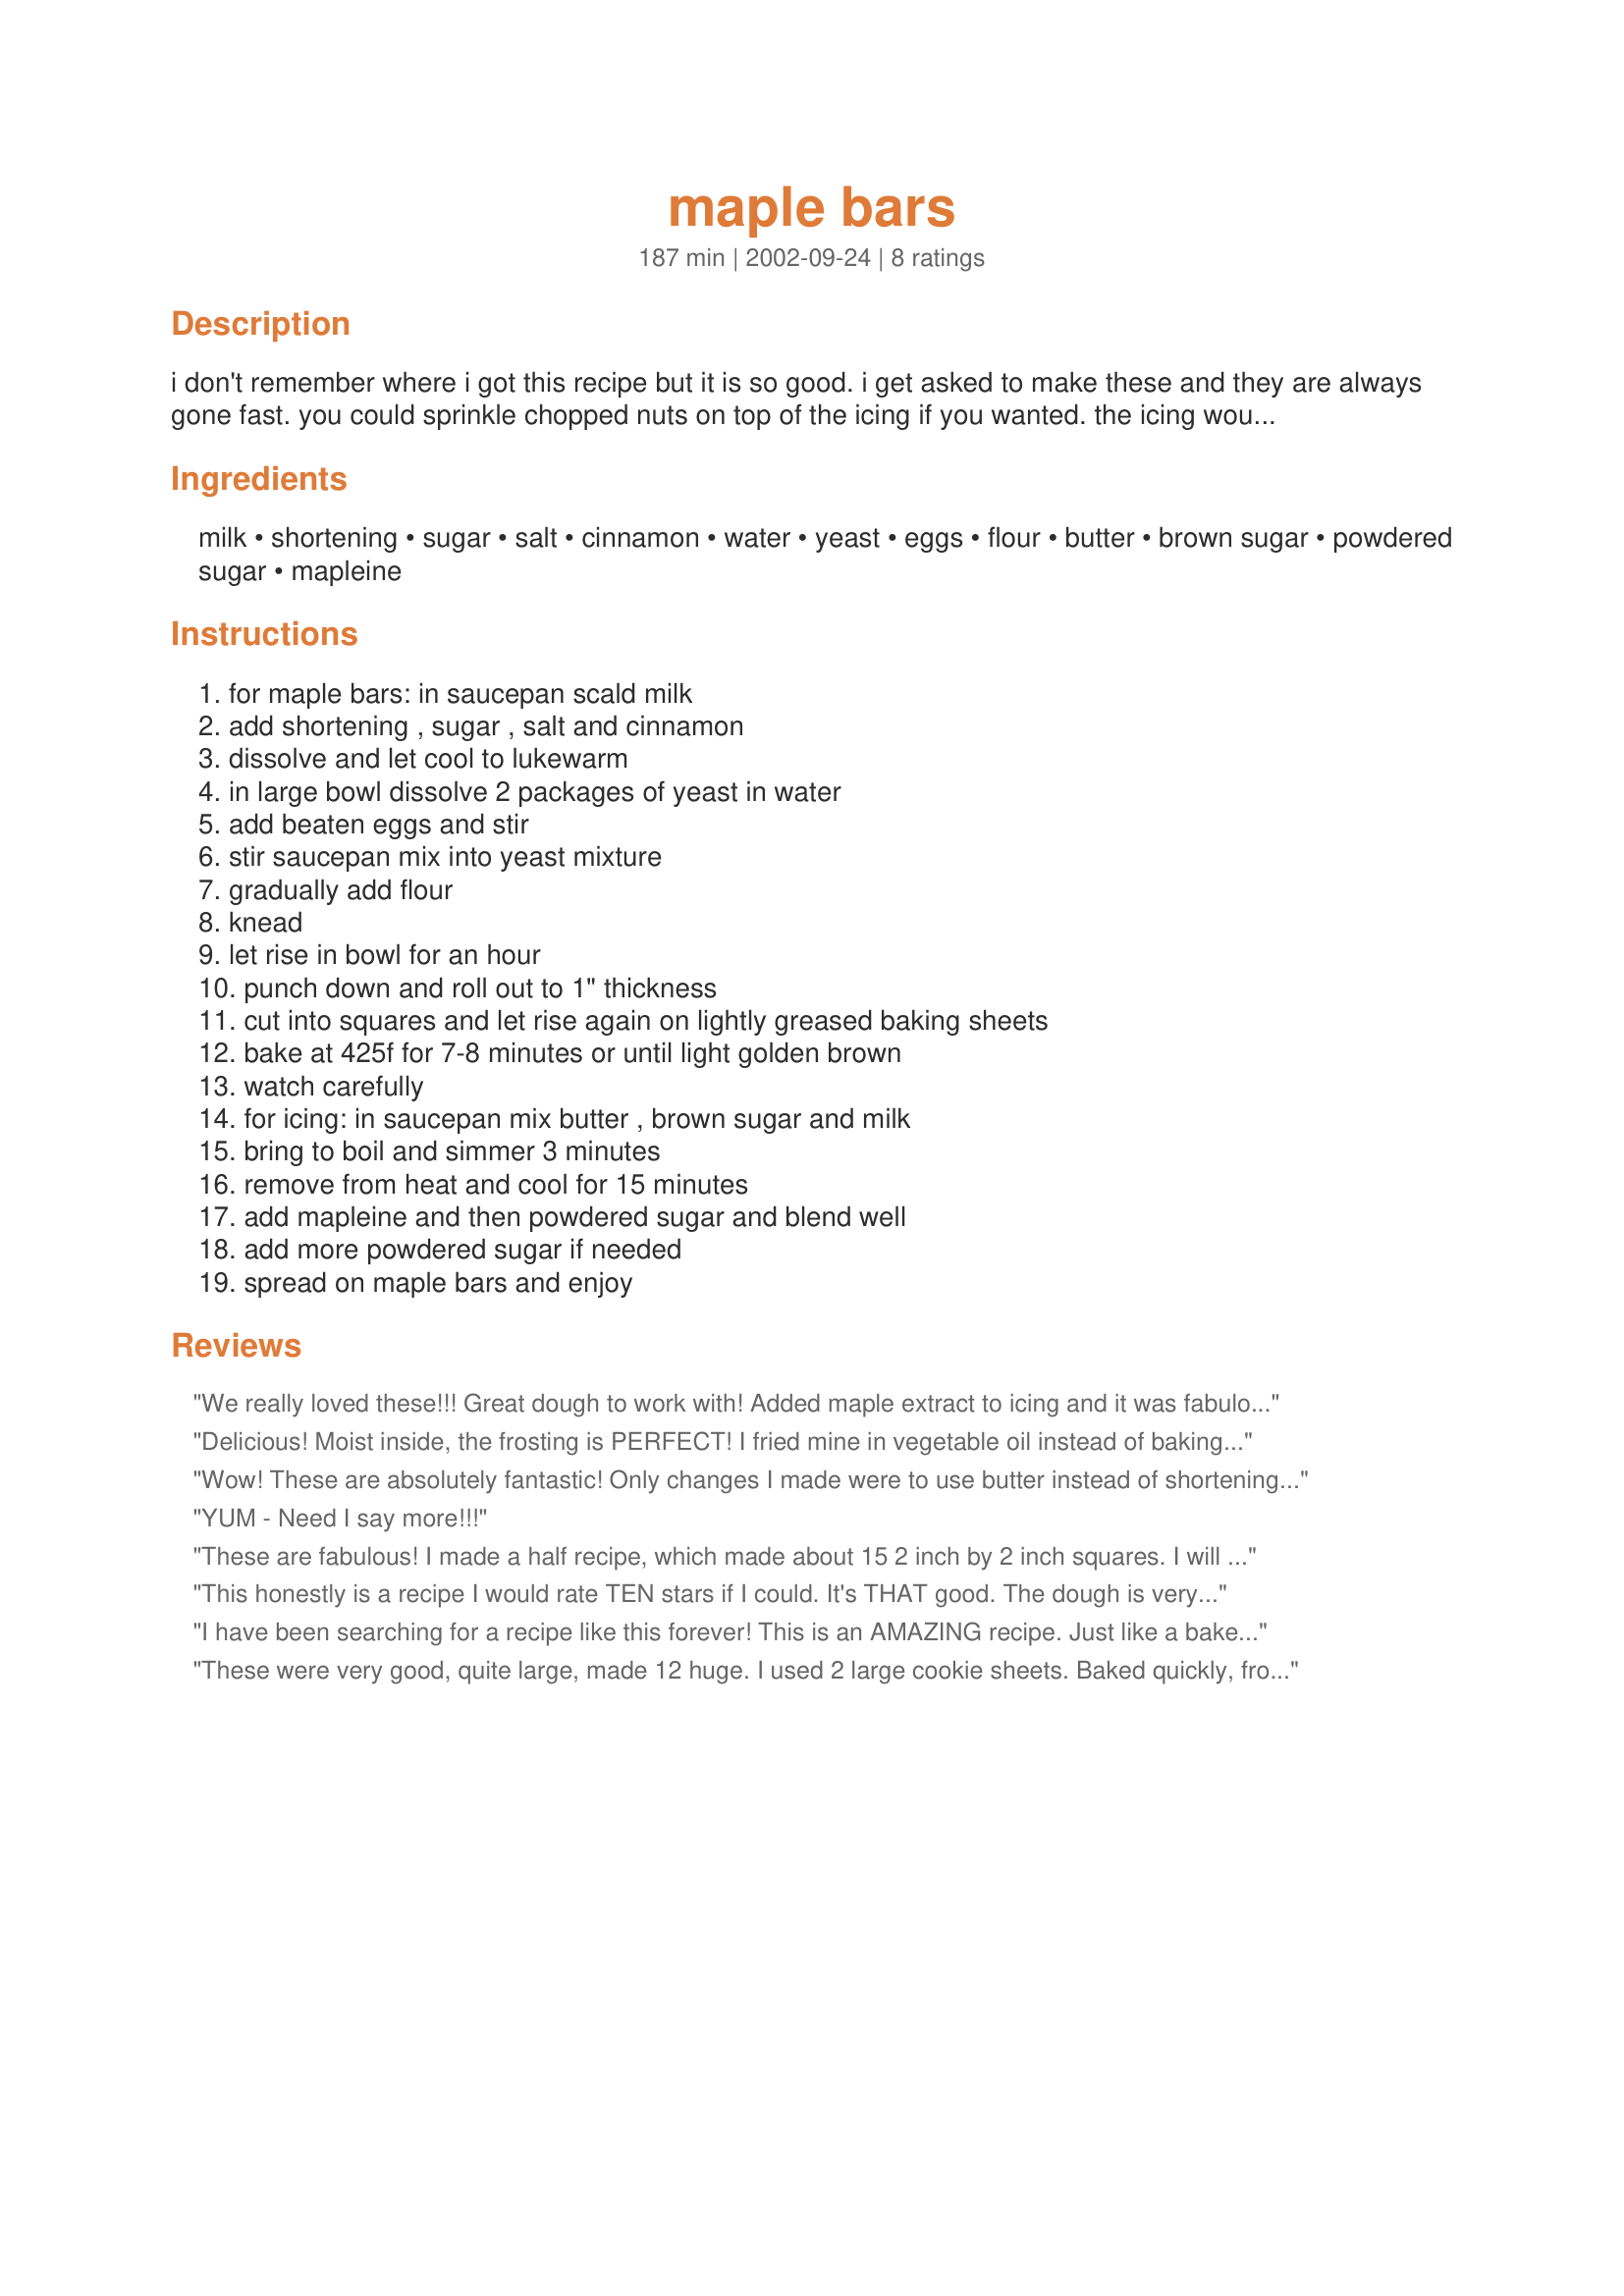
maple bars
Preparation time: 187 minutes

i don't remember where i got this recipe but it is so good. i get asked to make these and they are always gone fast. you could sprinkle chopped nuts on top of the icing if you wanted. the icing would also be good on a cake.

Ingredients:
milk, shortening, sugar, salt, cinnamon, water, yeast, eggs, flour, butter, brown sugar, powdered sugar, mapleine

Steps:
for maple bars: in saucepan scald milk, add shortening , sugar , salt and cinnamon, dissolve and let cool to lukewarm, in large bowl dissolve 2 packages of yeast in water, add beaten eggs and stir, stir saucepan mix into yeast mixture, gradually add flour, knead, let rise in bowl for an hour, punch down and roll out to 1" thickness, cut into squares and let rise again on lightly greased baking sheets, bake at 425f for 7-8 minutes or until light golden brown, watch carefully, for icing: in saucepan mix butter , brown sugar and milk, bring to boil and simmer 3 minutes, remove from heat and cool for 15 minutes, add mapleine and then powdered sugar and blend well, add more powdered sugar if needed, spread on maple bars and enjoy

Reviews:
We really loved these!!! Great dough to work with! Added maple extract to icing and it was fabulous!!! I baked half & fryed half and we deffietley liked the fryed bars better! Thanks for posting!
Delicious! Moist inside, the frosting is PERFECT! I fried mine in vegetable oil instead of baking and the family LOVED them! This will be my go-to recipe from now on!
Wow! These are absolutely fantastic! Only changes I made were to use butter instead of shortening, add a bit more flour to make a workable dough, and then cut dough into 18 pieces. Iced while warm. Was a bit concerned they'd be underdone at 7 minutes but they were perfectly tender. Easier than cinnamon rolls and a nice change. My husband suggested using the dough for kolaches, which I may have to try. Thanks for sharing the recipe!
YUM - Need I say more!!!
These are fabulous! I made a half recipe, which made about 15 2 inch by 2 inch squares. I will definitely make these again.
This honestly is a recipe I would rate TEN stars if I could. It's THAT good. The dough is very sticky. I used my kitchen aid mixer and kneaded it with that for about 2 minutes on medium speed. I placed the dough in a warm oven and it raised beautifully in an hour. It also rolls out very nicely. I cut into 20 squares, but I think I could have gone to 24. These remind me VERY MUCH of the kind of maple bars you would get in a bakery. I think, by dropping the cinnamon, you could also use this recipe easily for eclairs (the western recipe which is a cream filled doughnut/bar topped by chocolate frosting). The only trouble I had was with the frosting and that's because I got impatient (they smelled so good) and tried to rush the caramel cooling process by putting it outside. It started to harden and so my frosting was sticky and hard to spread (but still really yummy). TEN STARS!
I have been searching for a recipe like this forever! This is an AMAZING recipe. Just like a bakery Maple Bar. I had these growing up in school. I did as follows, but did not scald the milk, just boiled it and omitted the Cinnamon. Super yummy! Thank you so much for sharing. I will make these for my family for a special breakfast treat!
These were very good, quite large, made 12 huge. I used 2 large cookie sheets. Baked quickly, frosting a little dry I added more milk
